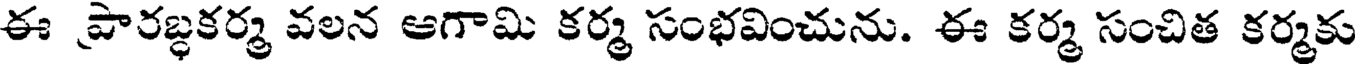
ఈ పారబ్ధకర్మ వలన ఆగామి కర్మ సంభవించును. ఈ కర్మ సంచిత కర్మకు